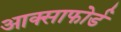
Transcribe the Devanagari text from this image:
आक्साफोर्ड